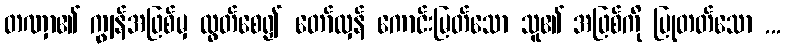
တဏှာ၏ ကျွန်အဖြစ်မှ လွတ်စေ၍ တော်လှန် ကောင်းမြတ်သော သူ၏ အဖြစ်ကို ပြုတတ်သော ...